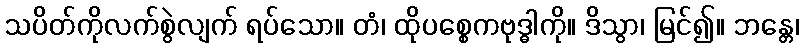
သပိတ်ကိုလက်စွဲလျက် ရပ်သော။ တံ၊ ထိုပစ္စေကဗုဒ္ဓါကို။ ဒိသွာ၊ မြင်၍။ ဘန္တေ၊